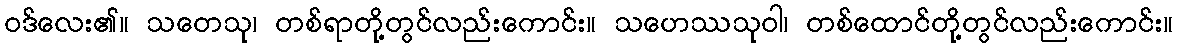
ဝဒ်လေး၏။ သတေသု၊ တစ်ရာတို့တွင်လည်းကောင်း။ သဟေဿသုဝါ၊ တစ်ထောင်တို့တွင်လည်းကောင်း။